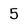
Character: 5